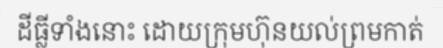
ដីធ្លីទាំងនោះ ដោយក្រុមហ៊ុនយល់ព្រមកាត់